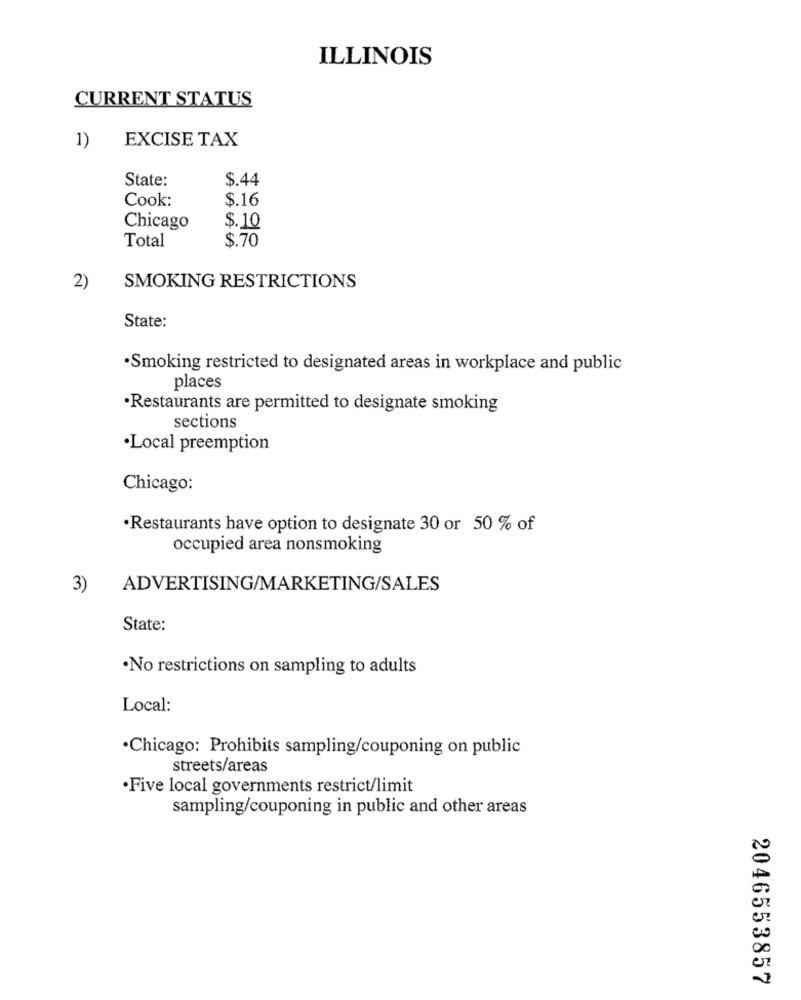
ILLINOIS
CURRENT STATUS
EXCISE TAX
1)
State:
$.44
Cook:
$.16
$.10
Chicago
Total
$.70
2)
SMOKING RESTRICTIONS
State:
·Smoking restricted to designated areas in workplace and public
places
·Restaurants are permitted to designate smoking
sections
·Local preemption
Chicago:
·Restaurants have option to designate 30 or 50 % of
occupied area nonsmoking
3)
ADVERTISING/MARKETING/SALES
State:
.No restrictions on sampling to adults
Local:
·Chicago: Prohibits sampling/couponing on public
streets/areas
·Five local governments restrict/limit
sampling/couponing in public and other areas
2046553857